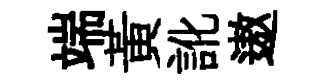
端黃訛遨